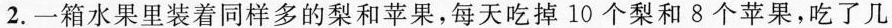
2.一箱水果里装着同样多的梨和苹果，每天吃掉10个梨和8个苹果，吃了几